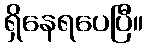
ရှိနေရပေပြီ။